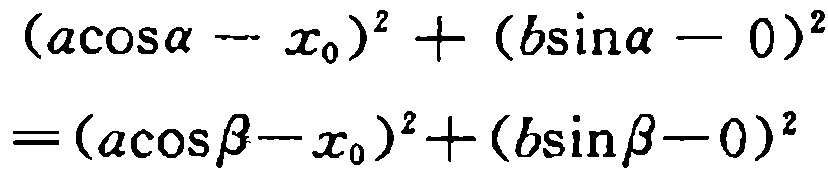
\((a\cos\alpha - x_{0})^{2}+(b\sin\alpha - 0)^{2}=(a\cos\beta - x_{0})^{2}+(b\sin\beta - 0)^{2}\)